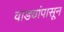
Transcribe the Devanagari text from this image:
वाड्यांपासून